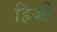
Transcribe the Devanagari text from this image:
हिज्री़